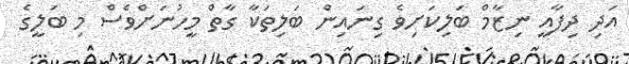
އަދި ދިފާއީ ނިޒާމް ބަލިކަށިވެ ގިނައިން ބަލިތަކާ ގާތް މީހުނަށްވެސް މި ބަލީގެ